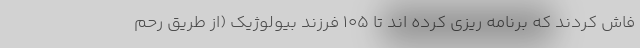
فاش کردند که برنامه ریزی کرده اند تا ۱۰۵ فرزند بیولوژیک (از طریق رحم